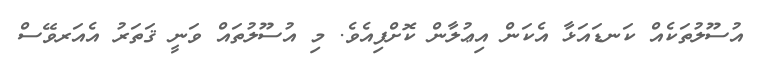
އުސޫލުތަކެއް ކަނޑައަޅާ އެކަން އިޢުލާން ކޮށްފިއެވެ. މި އުސޫލުތައް ވަނީ ޤަތަރު އެއަރވޭސް